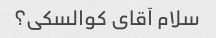
سلام آقای کوالسکی؟